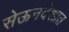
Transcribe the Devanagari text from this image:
सेऊनदेशात